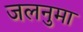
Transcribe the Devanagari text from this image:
जलनुमा